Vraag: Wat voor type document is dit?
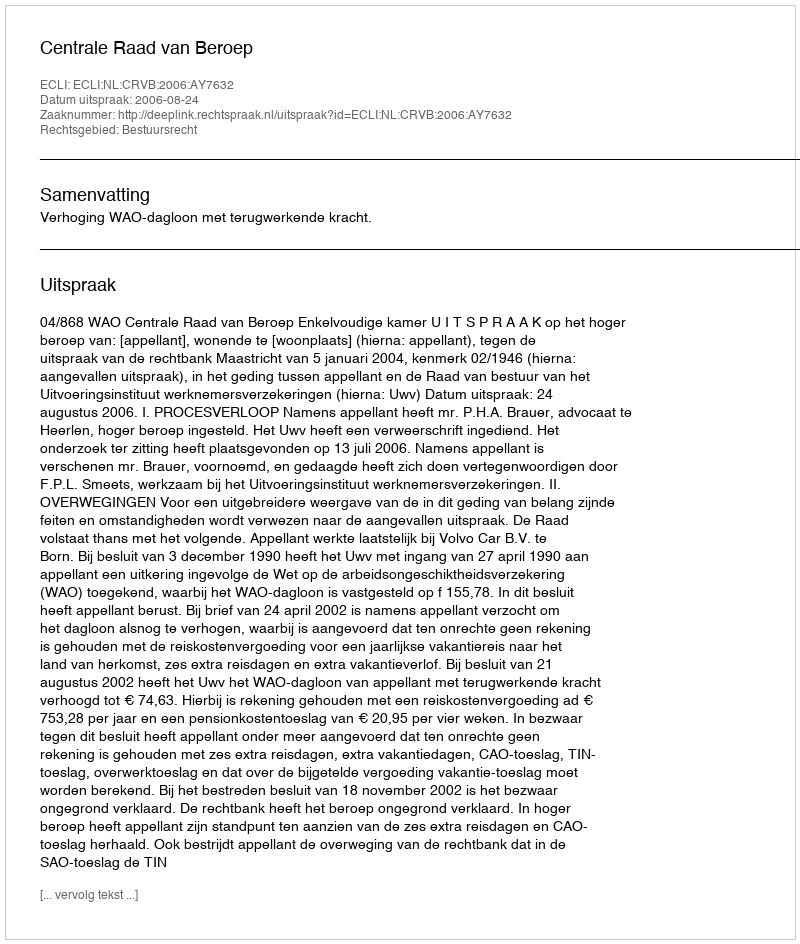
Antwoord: Uitspraak